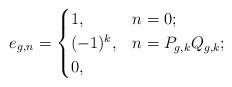
LaTeX: \begin{align*} e_{g,n} &=\begin{cases} 1, &n=0; \\ (-1)^k,& n=P_{g,k}Q_{g,k}; \\ 0, & \end{cases}\end{align*}